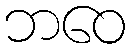
ဘဝေ